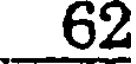
62